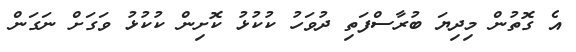
އެ ގޮތުން މިދިޔަ ބުރާސްފަތި ދުވަހު ކުކުޅު ކޮށިން ކުކުޅު ވަގަށް ނަގަން